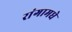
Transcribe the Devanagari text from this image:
रांगामधे